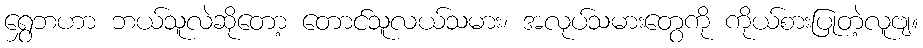
ရွှေဘဟာ ဘယ်သူလဲဆိုတော့ တောင်သူလယ်သမား၊ အလုပ်သမားတွေကို ကိုယ်စားပြုတဲ့လူဗျ။